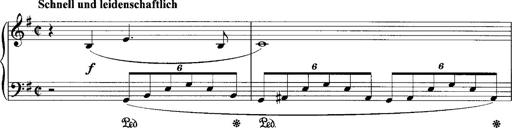
Title: Schlaflos! Frage und Antwort
Composer: Franz Liszt